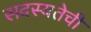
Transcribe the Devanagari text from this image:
सदस्यतेची